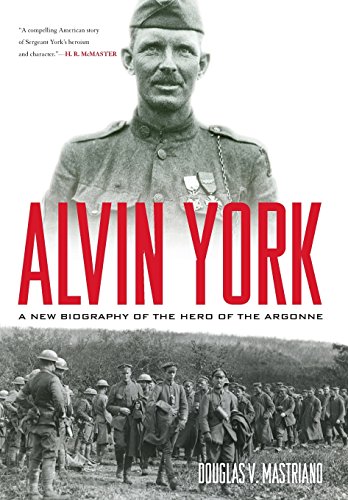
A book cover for Alvin York: A New Biography of the Hero of the Argonne (American Warrior Series); Douglas Mastriano; History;